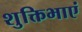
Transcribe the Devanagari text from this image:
शुक्तिभाएं